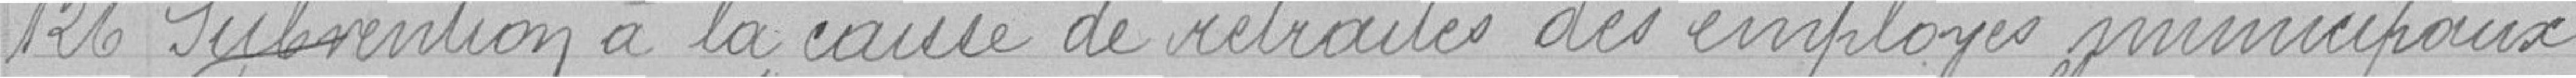
126 Subvention à la caisse de retraite des employés municipaux